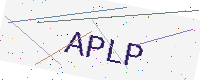
Text: APLP